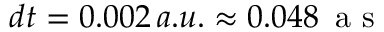
d t = 0 . 0 0 2 \, a . u . \approx 0 . 0 4 8 \, \mathrm { ~ a ~ s ~ }